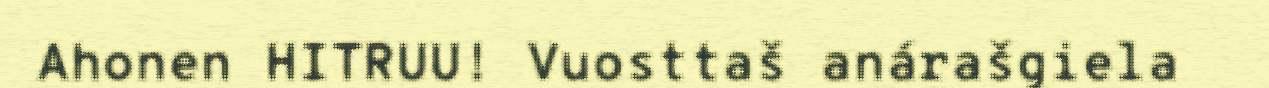
Ahonen HITRUU! Vuosttaš anárašgiela